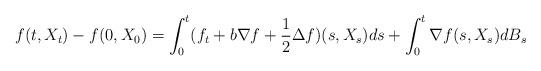
LaTeX: \begin{align*}f(t,X_t)-f(0,X_0)=\int_0^t (f_t+b\nabla f+\frac{1}{2}\Delta f)(s,X_s)ds + \int_0^t \nabla f (s,X_s)dB_s\end{align*}